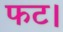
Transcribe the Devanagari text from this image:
फट।